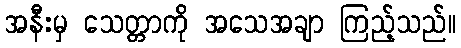
အနီးမှ သေတ္တာကို အသေအချာ ကြည့်သည်။